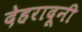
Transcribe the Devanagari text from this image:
देहरादूनी